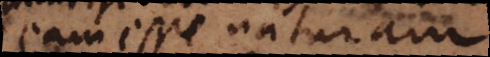
eam esse naturam